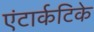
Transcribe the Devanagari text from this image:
एंटार्कटिके